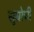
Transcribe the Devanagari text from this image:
सुम्रोची